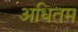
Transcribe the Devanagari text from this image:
अधितम